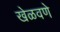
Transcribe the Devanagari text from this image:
खेळवणे